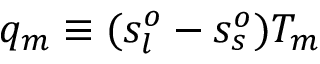
q _ { m } \equiv ( s _ { l } ^ { o } - s _ { s } ^ { o } ) T _ { m }